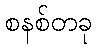
စနစ်တခု